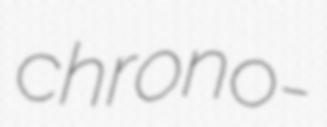
chrono-